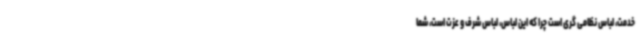
خدمت، لباس نظامی گری است چرا که این لباس، لباس شرف و عزت است، شما